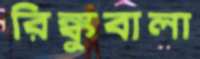
রিঙ্কুবালা